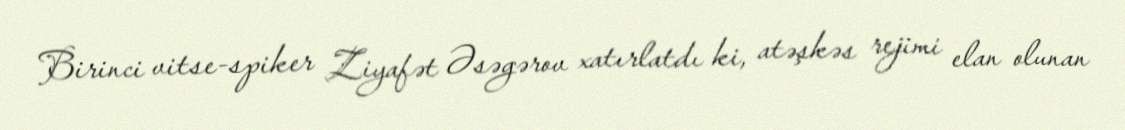
Birinci vitse-spiker Ziyafət Əsəgərov xatırlatdı ki, atəşkəs rejimi elan olunan